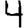
Digit: 4